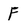
Character: F